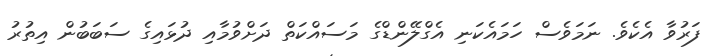
ފަރުވާ އެކެވެ. ނަމަވެސް ހަމައެކަނި އެގްލޭންޑްގެ މަސައްކަތް ދަށްވުމާއި ދުޅައިގެ ސަބަބުން އިތުރު